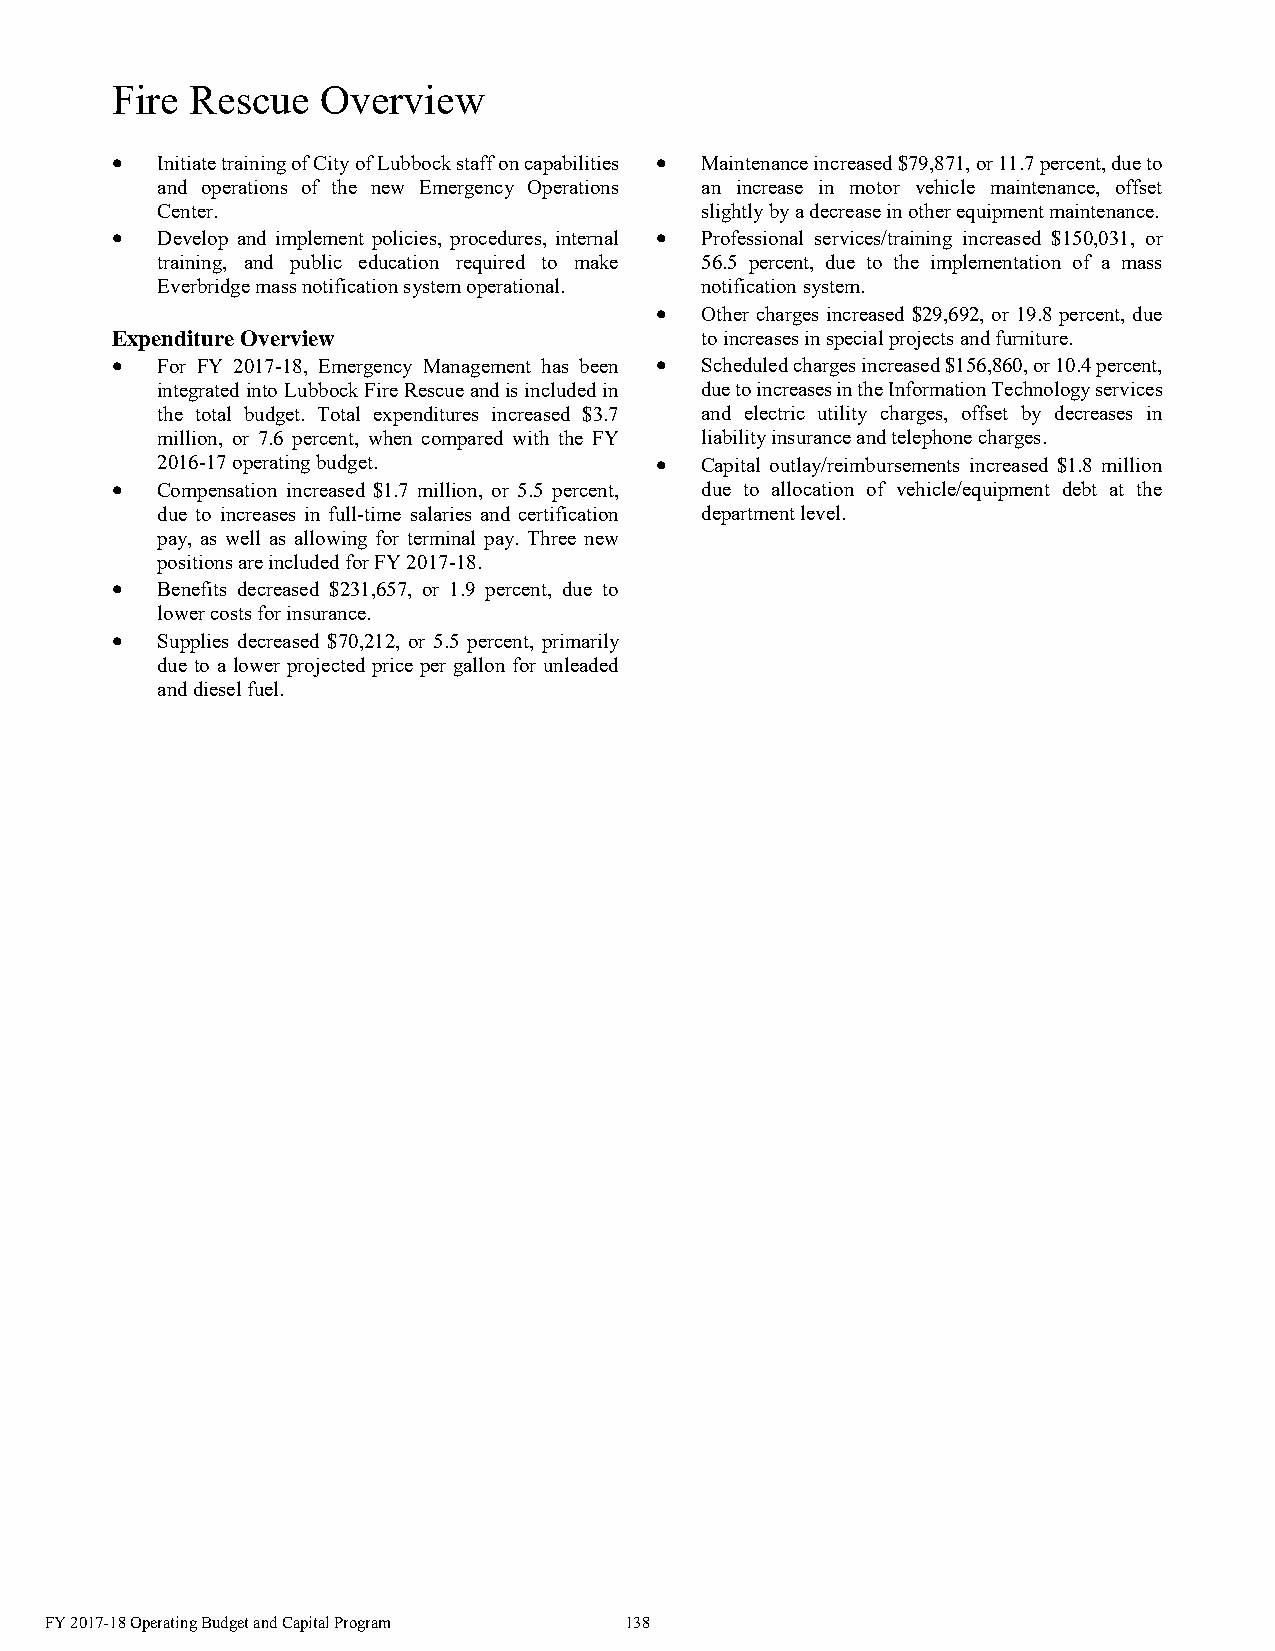
Fire  Rescue  Overview
   Initiate training of City of Lubbock staff on capabilities  Maintenance increased $79,871, or 11.7 percent, due to
 and operations of the new Emergency Operations an increase in motor vehicle maintenance, offset
 Center.                             slightly by a decrease in other equipment maintenance.
   Develop and implement policies, procedures, internal  Professional services/training increased $150,031, or
 training, and public education required to make 56.5 percent, due to the implementation of a mass
 Everbridge mass notification system operational. notification system.
   Other charges increased $29,692, or 19.8 percent, due
 Expenditure Overview                   to increases in special projects and furniture.
   For FY 2017-18, Emergency Management has been  Scheduled charges increased $156,860, or 10.4 percent,
 integrated into Lubbock Fire Rescue and is included in due to increases in the Information Technology services
 the total budget. Total expenditures increased $3.7 and electric utility charges, offset by decreases in
 million, or 7.6 percent, when compared with the FY liability insurance and telephone charges.
 2016-17 operating budget.          Capital outlay/reimbursements increased $1.8 million
   Compensation increased $1.7 million, or 5.5 percent, due to allocation of vehicle/equipment debt at the
 due to increases in full-time salaries and certification department level.
 pay, as well as allowing for terminal pay. Three new
 positions are included for FY 2017-18.
   Benefits decreased $231,657, or 1.9 percent, due to
 lower costs for insurance.
   Supplies decreased $70,212, or 5.5 percent, primarily
 due to a lower projected price per gallon for unleaded
 and diesel fuel.
 FY 2017-18 Operating Budget and Capital Program 138